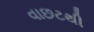
વાછટથી